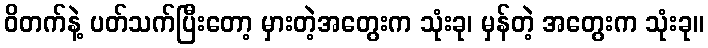
ဝိတက်နဲ့ ပတ်သက်ပြီးတော့ မှားတဲ့အတွေးက သုံးခု၊ မှန်တဲ့ အတွေးက သုံးခု။